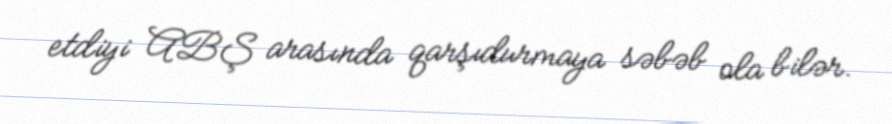
etdiyi ABŞ arasında qarşıdurmaya səbəb ola bilər.